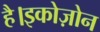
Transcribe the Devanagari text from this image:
है।इकोज़ोन